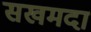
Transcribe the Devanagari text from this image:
सखमदा